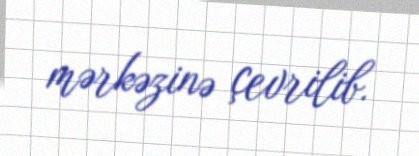
mərkəzinə çevrilib.